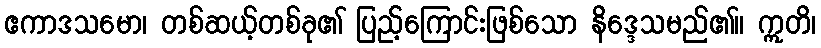
ဧကာဒသမော၊ တစ်ဆယ့်တစ်ခု၏ ပြည့်ကြောင်းဖြစ်သော နိဒ္ဒေသမည်၏။ ဣတိ၊